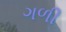
ગળી